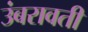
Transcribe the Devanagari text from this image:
उंबरावती